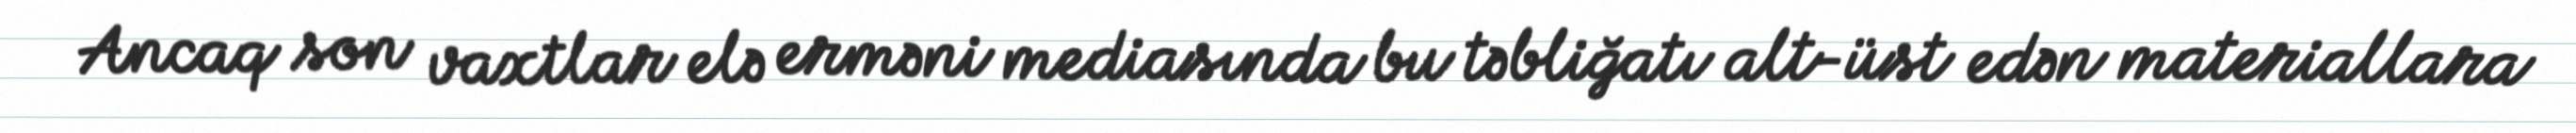
Ancaq son vaxtlar elə erməni mediasında bu təbliğatı alt-üst edən materiallara